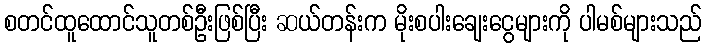
စတင်ထူထောင်သူတစ်ဦးဖြစ်ပြီး ဆယ်တန်းက မိုးစပါးချေးငွေများကို ပါမစ်များသည်